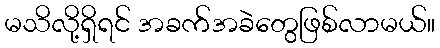
မသိလို့ရှိရင် အခက်အခဲတွေဖြစ်လာမယ်။